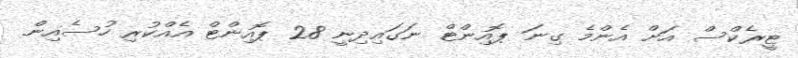
ޓީރެކްސް އަށް އެންމެ ގިނަ ޕޮއިންޓް ނަގައިދިނީ 28 ޕޮއިންޓް އެއްކުރި ހުސެއިން